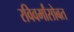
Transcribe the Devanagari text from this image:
रविवर्मांसोबत